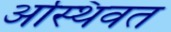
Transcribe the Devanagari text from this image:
अस्थिवत